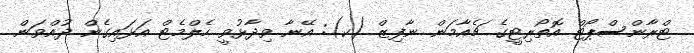
ޓްރާންސްޕޯޓް އޮތޯރިޓީގެ ޗެއާމަން ނާފިޒް (ކ): އޭނާ ވިދާޅުވީ ހެލްމެޓް އަޅައިގެން ދުއްވަން